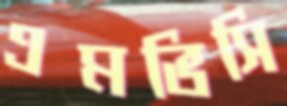
এমভিসি